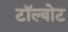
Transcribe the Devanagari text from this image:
टॉल्बोट